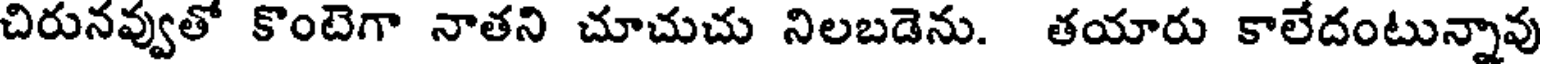
చిరునవ్వుతో కొంటెగా నాతని చూచుచు నిలబడెను. తయారు కాలేదంటున్నావు